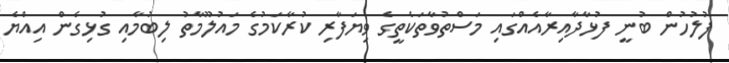
ފުލުހުން ބުނީ ފުޅާދާއިރާއެއްގައި މަސްތުވާތަކެތީގެ ވިޔަފާރި ކުރާކަމުގެ މައުލޫމާތު ލިބުމާއި ގުޅިގެން އިއްޔެ